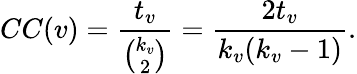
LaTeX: CC(v)=\frac{t_{v}}{\binom{k_{v}}{2}}=\frac{2t_{v}}{k_{v}(k_{v}-1)}.